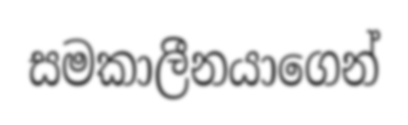
සමකාලීනයාගෙන්